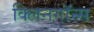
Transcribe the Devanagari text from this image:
क्लिनगॉन्स